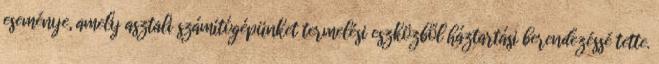
eseménye, amely asztali számítógépünket termelési eszközből háztartási berendezéssé tette.